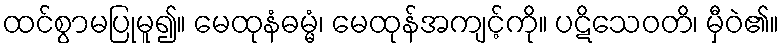
ထင်စွာမပြုမူ၍။ မေထုနံဓမ္မံ၊ မေထုန်အကျင့်ကို။ ပဋိသေဝတိ၊ မှီဝဲ၏။